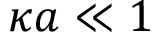
\kappa a \ll 1